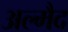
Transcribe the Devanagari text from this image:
अल्मैद